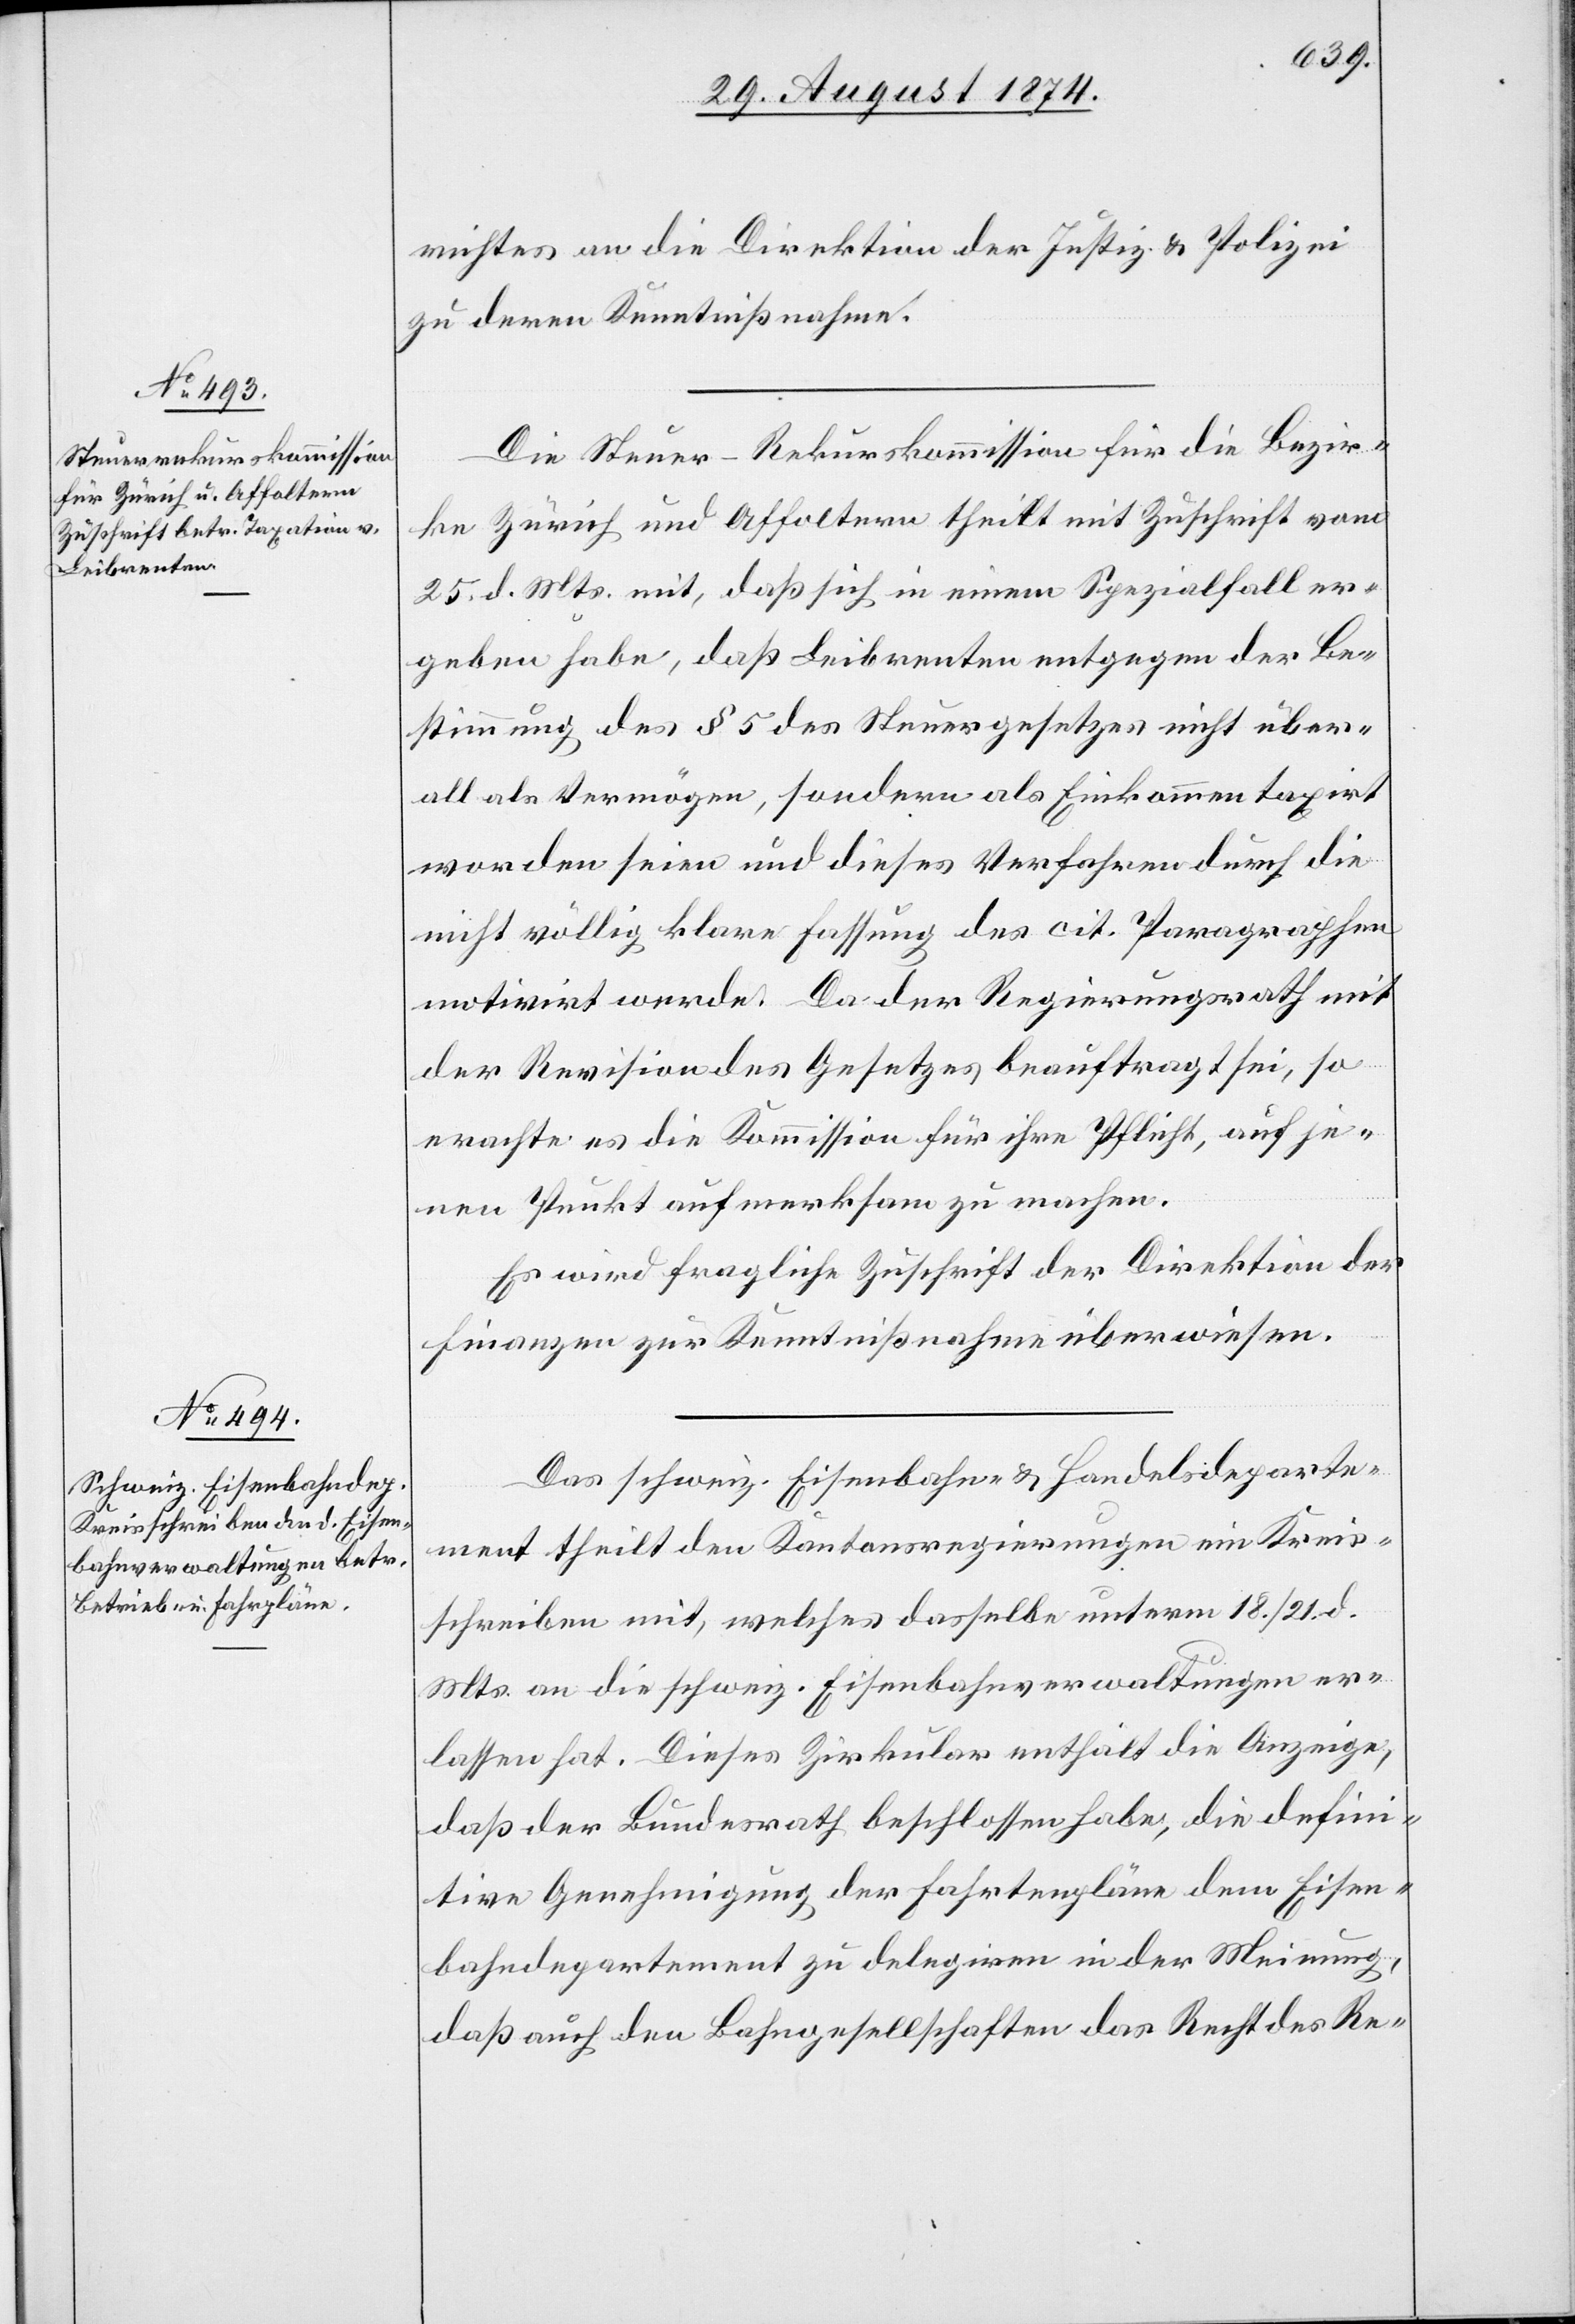
richtes an die Direktion der Justiz u. Polizei
zu deren Kenntnißnahme.
Die Steuer-Rekurskommission für die Bezir¬
ke Zürich und Affoltern theilt mit Zuschrift vom
25. d. Mts. mit, daß sich in einem Spezialfall er¬
geben habe, daß Leibrenten entgegen der Be¬
stimmung des § 5 des Steuergesetzes nicht über¬
all als Vermögen, sondern als Einkommen taxirt
worden seien und dieses Verfahren durch die
nicht völlig klare Fassung des cit. Paragraphen
motivirt werde. Da der Regierungsrath mit
der Revison des Gesetzes beauftragt sei, so
erachte es die Kommission für ihre Pflicht, auf je¬
nen Punkt aufmerksam zu machen.
Es wird fragliche Zuschrift der Direktion der
Finanzen zur Kenntnißnahme überwiesen.
Das schweiz. Eisenbahn- u. Handelsdeparte¬
ment theilt den Kantonsregierungen im Kreis¬
schreiben mit, welches dasselbe unterm 18./21. d.
Mts. an die schweiz. Eisenbahnverwaltungen er¬
lassen hat. Dieses Zirkular enthält die Anzeige,
daß der Bundesrath beschlossen habe, die defini¬
tive Genehmigung der Fahrtenpläne dem Eisen¬
bahndepartement zu delegiren in der Meinung,
daß auch den Bahngesellschaften das Recht des Re-